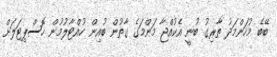
ބޭބެ މުހަންމަދު ތާރިގު ބުނީ އެކުއްޖާ މަންމަގެ ގާތުން ބުއިން ހުއްޓާލުމުން ހޮސްޕިޓަލަށް